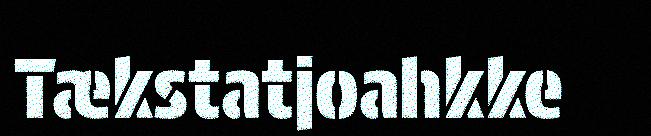
Tækstatjoahkke